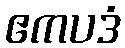
ဧကပဒံ